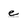
Character: e